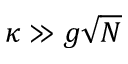
\kappa \gg g \sqrt { N }